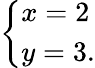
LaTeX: \left\{ \begin{array}{ll}{x=2}\\ {y=3.}\end{array}\right.